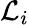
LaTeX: \mathcal{L}_{i}